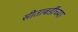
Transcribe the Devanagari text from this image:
सीताबर्डीच्या